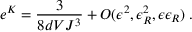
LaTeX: e ^ { K } = \frac { 3 } { 8 d V J ^ { 3 } } + { \cal O } ( \epsilon ^ { 2 } , \epsilon _ { R } ^ { 2 } , \epsilon \epsilon _ { R } ) \; .